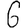
Digit: 6